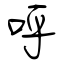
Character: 呼